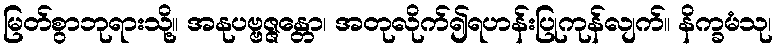
မြတ်စွာဘုရားသို့။ အနုပဗ္ဗဇ္ဇန္တော၊ အတုလိုက်၍ရဟန်းပြုကုန်လျက်။ နိက္ခမံသု၊